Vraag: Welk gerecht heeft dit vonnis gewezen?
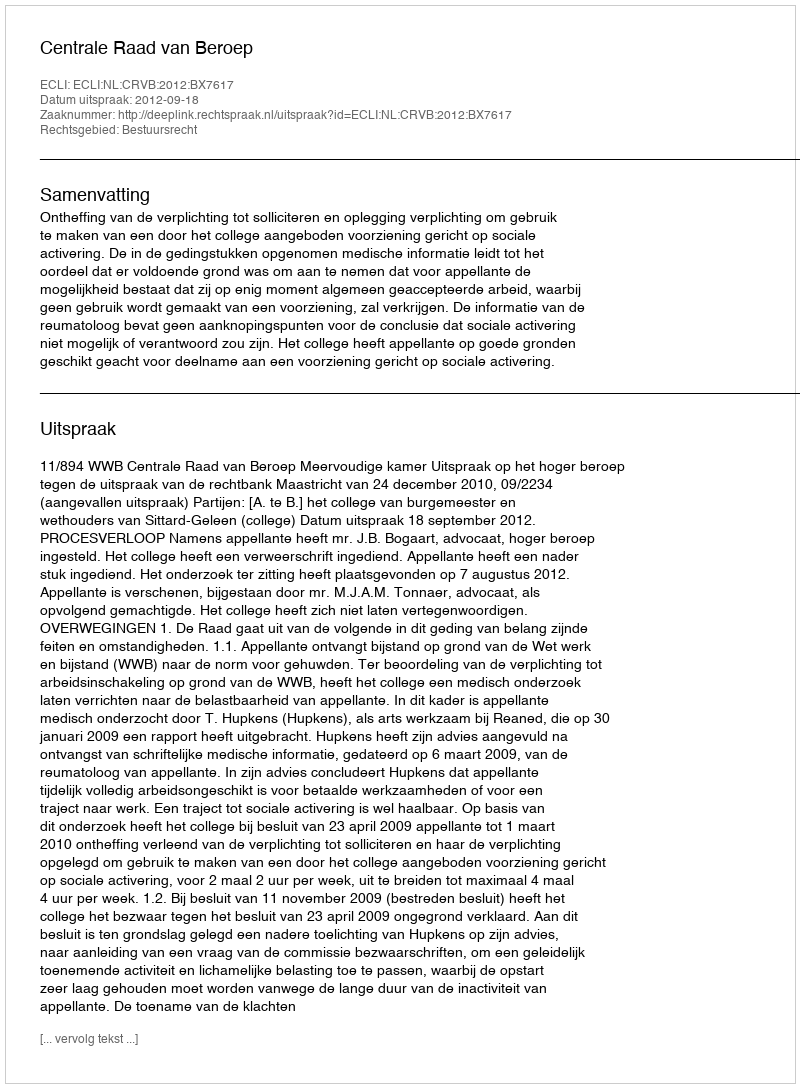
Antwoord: Centrale Raad van Beroep